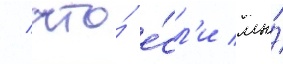
/ что́ е́сл'и мы́